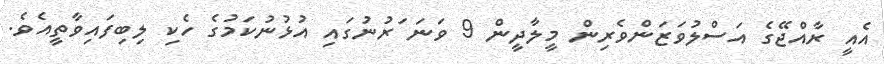
އެއީ ރާއްޖޭގެ އަސްލުވަޒަންވެރިން މީލާދީން 9 ވަނަ ަރުނުގައި އުޅުނުކަމުގެ ހެކި ލިބިފައިވާތީއެވެ.